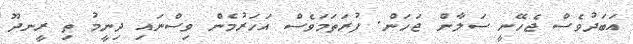
އަބަދުވެސް ޖެހޭނީ ސަލާން ޖަހަން. ފުރަތަމަވެސް އަހަރުމެން ވިސްނައި ދިނީމު ތި ރީނދޫ